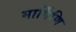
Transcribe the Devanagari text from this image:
मार्गिणि